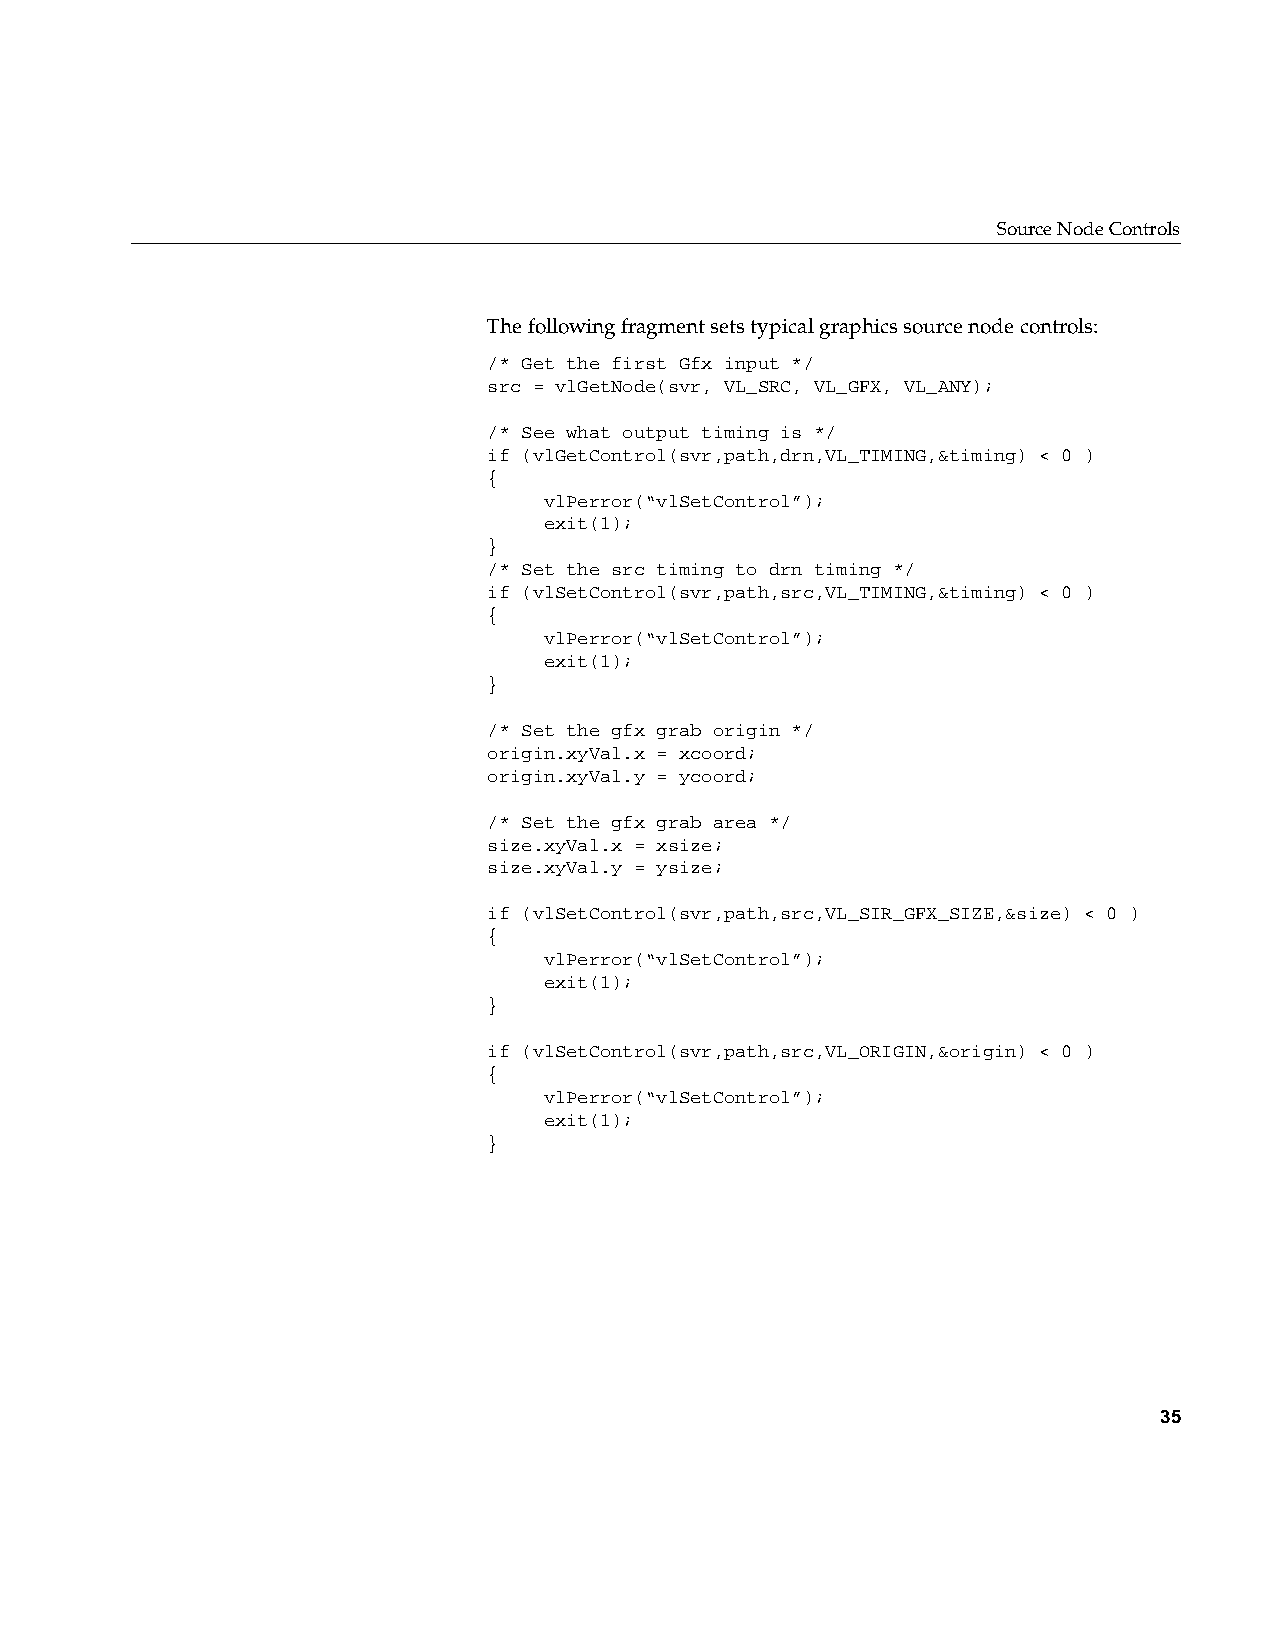
Source Node Controls
 The following fragment sets typical graphics source node controls:
 /* Get the first Gfx input */
 src = vlGetNode(svr, VL_SRC, VL_GFX, VL_ANY);
 /* See what output timing is */
 if (vlGetControl(svr,path,drn,VL_TIMING,&timing) < 0 )
 {
 vlPerror(“vlSetControl”);
 exit(1);
 }
 /* Set the src timing to drn timing */
 if (vlSetControl(svr,path,src,VL_TIMING,&timing) < 0 )
 {
 vlPerror(“vlSetControl”);
 exit(1);
 }
 /* Set the gfx grab origin */
 origin.xyVal.x = xcoord;
 origin.xyVal.y = ycoord;
 /* Set the gfx grab area */
 size.xyVal.x = xsize;
 size.xyVal.y = ysize;
 if (vlSetControl(svr,path,src,VL_SIR_GFX_SIZE,&size) < 0 )
 {
 vlPerror(“vlSetControl”);
 exit(1);
 }
 if (vlSetControl(svr,path,src,VL_ORIGIN,&origin) < 0 )
 {
 vlPerror(“vlSetControl”);
 exit(1);
 }
 35